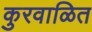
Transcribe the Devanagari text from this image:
कुरवाळित